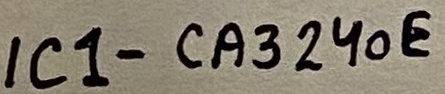
Text: IC1-CA324oE